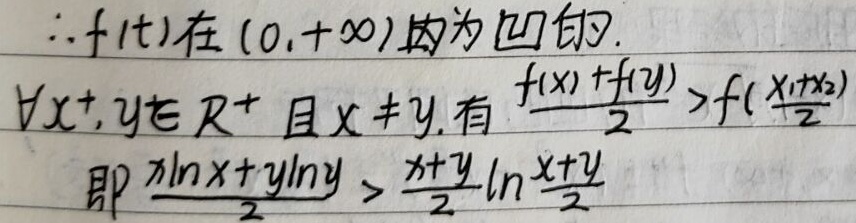
\(\therefore f(t)\)在\((0,+\infty)\)内为凹的。\(\forall x,y \in \mathbb{R}^{+}\)且\(x \neq y\)，有\(\frac{f(x)+f(y)}{2}>f(\frac{x + y}{2})\)，即\(\frac{x\ln x + y\ln y}{2}>\frac{x + y}{2}\ln\frac{x + y}{2}\)